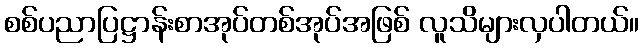
စစ်ပညာပြဋ္ဌာန်းစာအုပ်တစ်အုပ်အဖြစ် လူသိများလှပါတယ်။